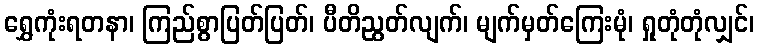
ရွှေကုံးရတနာ၊ ကြည်စွာပြတ်ပြတ်၊ ပီတိညွတ်လျက်၊ မျက်မှတ်ကြေးမုံ၊ ရှုတုံတုံလျှင်၊